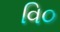
વિ૦